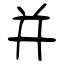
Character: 并